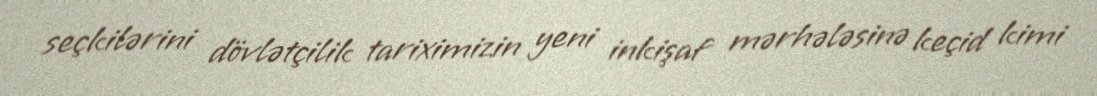
seçkilərini dövlətçilik tariximizin yeni inkişaf mərhələsinə keçid kimi